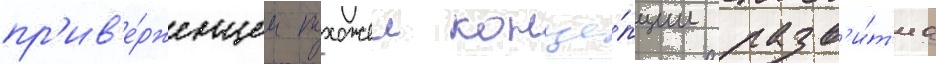
пр'ив'е́рженцем похожеи конце́пции разв'и́т'иа